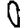
Digit: 0